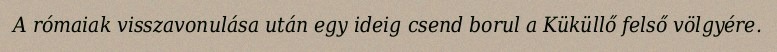
A rómaiak visszavonulása után egy ideig csend borul a Küküllő felső völgyére.